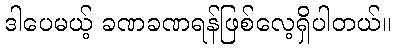
ဒါပေမယ့် ခဏခဏရန်ဖြစ်လေ့ရှိပါတယ်။